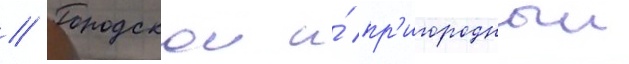
// Городскои и́ пр'игородныи